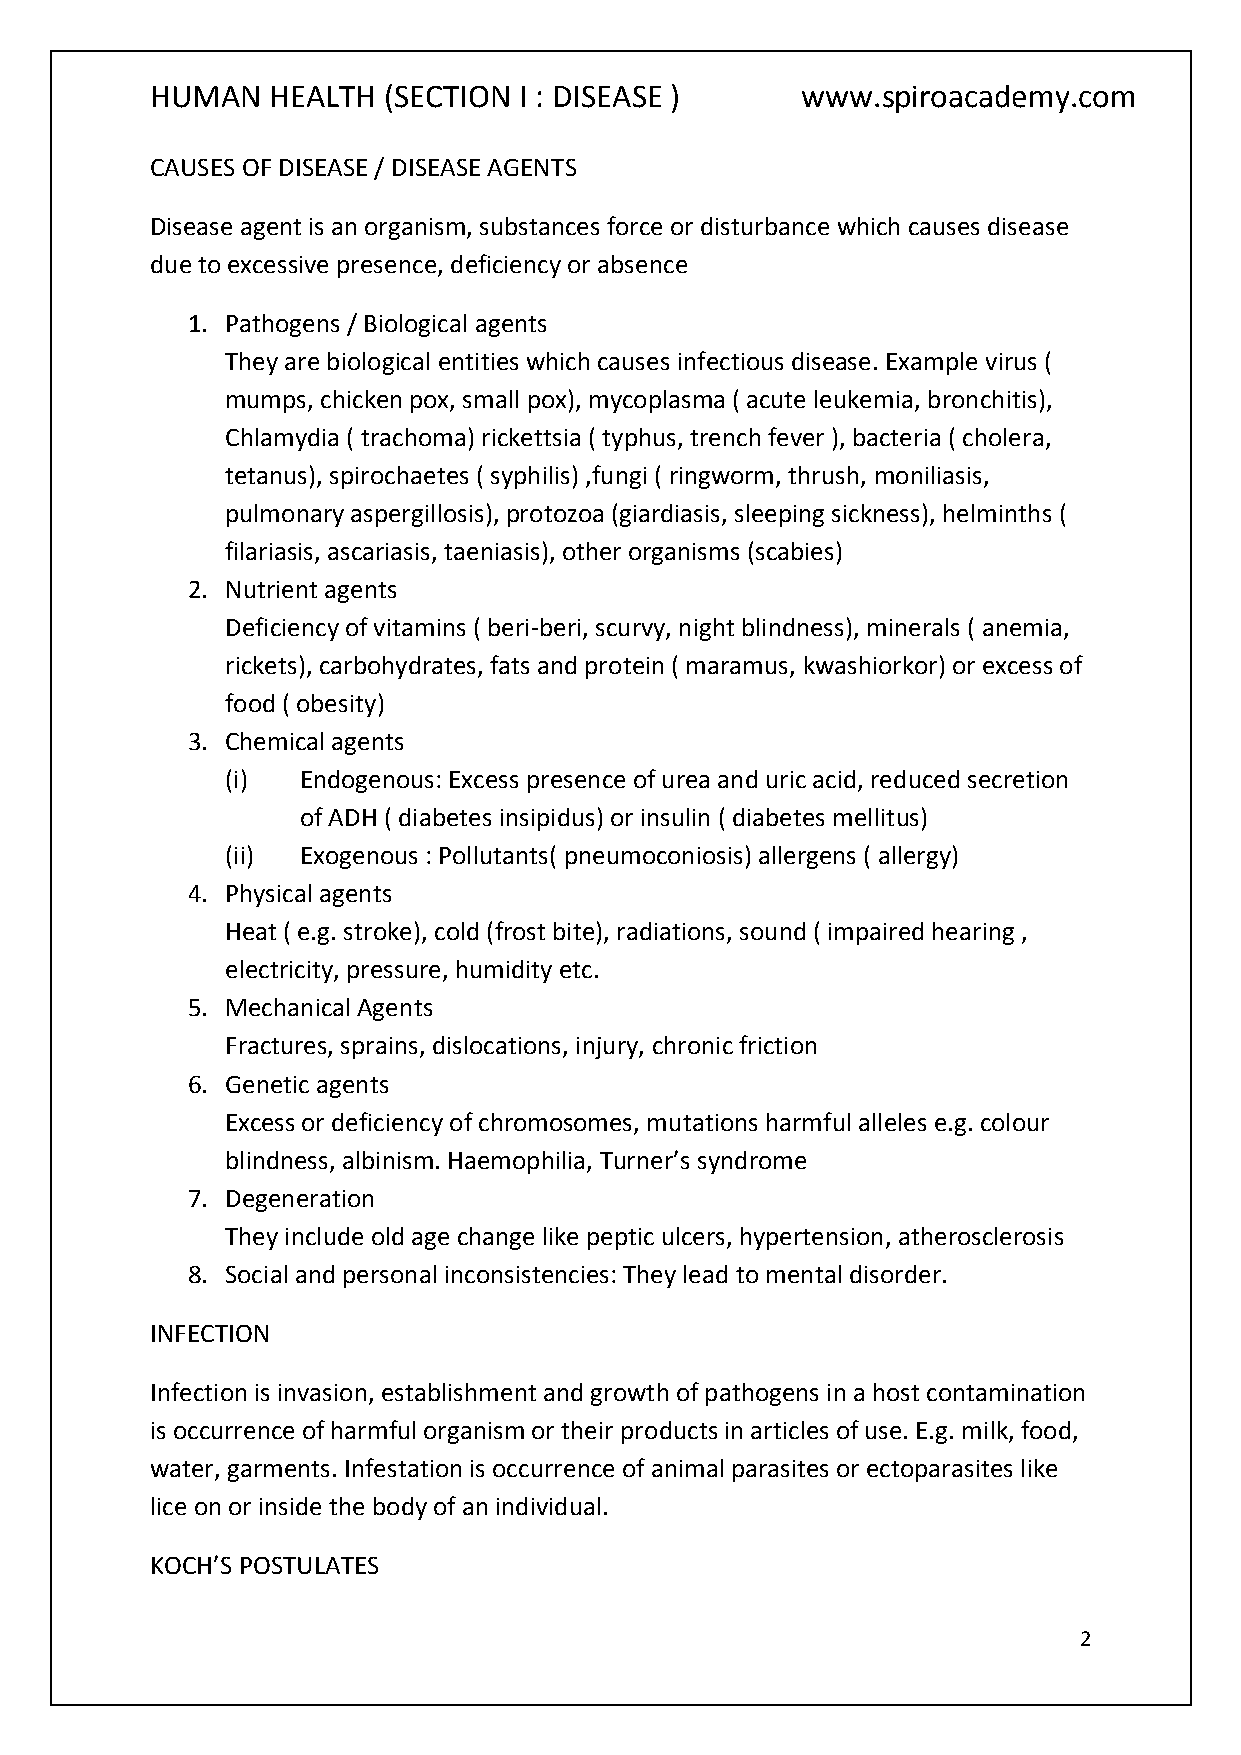
HUMAN   HEALTH (SECTION I : DISEASE )      www.spiroacademy.com
 CAUSES OF DISEASE / DISEASE AGENTS
 Disease agent is an organism, substances force or disturbance which causes disease
 due to excessive presence, deficiency or absence
 1. Pathogens / Biological agents
 They are biological entities which causes infectious disease. Example virus (
 mumps, chicken pox, small pox), mycoplasma ( acute leukemia, bronchitis),
 Chlamydia ( trachoma) rickettsia ( typhus, trench fever ), bacteria ( cholera,
 tetanus), spirochaetes ( syphilis) ,fungi ( ringworm, thrush, moniliasis,
 pulmonary aspergillosis), protozoa (giardiasis, sleeping sickness), helminths (
 filariasis, ascariasis, taeniasis), other organisms (scabies)
 2. Nutrient agents
 Deficiency of vitamins ( beri-beri, scurvy, night blindness), minerals ( anemia,
 rickets), carbohydrates, fats and protein ( maramus, kwashiorkor) or excess of
 food ( obesity)
 3. Chemical agents
 (i)  Endogenous: Excess presence of urea and uric acid, reduced secretion
 of ADH ( diabetes insipidus) or insulin ( diabetes mellitus)
 (ii) Exogenous : Pollutants( pneumoconiosis) allergens ( allergy)
 4. Physical agents
 Heat ( e.g. stroke), cold (frost bite), radiations, sound ( impaired hearing ,
 electricity, pressure, humidity etc.
 5. Mechanical Agents
 Fractures, sprains, dislocations, injury, chronic friction
 6. Genetic agents
 Excess or deficiency of chromosomes, mutations harmful alleles e.g. colour
 blindness, albinism. Haemophilia, Turner’s syndrome
 7. Degeneration
 They include old age change like peptic ulcers, hypertension, atherosclerosis
 8. Social and personal inconsistencies: They lead to mental disorder.
 INFECTION
 Infection is invasion, establishment and growth of pathogens in a host contamination
 is occurrence of harmful organism or their products in articles of use. E.g. milk, food,
 water, garments. Infestation is occurrence of animal parasites or ectoparasites like
 lice on or inside the body of an individual.
 KOCH’S POSTULATES
 2